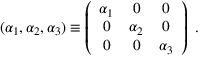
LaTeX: ( \alpha _ { 1 } , \alpha _ { 2 } , \alpha _ { 3 } ) \equiv \left( \begin{array} { c c c } { { \alpha _ { 1 } } } & { { 0 } } & { { 0 } } \\ { { 0 } } & { { \alpha _ { 2 } } } & { { 0 } } \\ { { 0 } } & { { 0 } } & { { \alpha _ { 3 } } } \end{array} \right) ~ . ~ \,